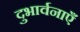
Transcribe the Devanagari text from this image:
दुभार्वनाएँ